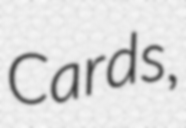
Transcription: Cards,